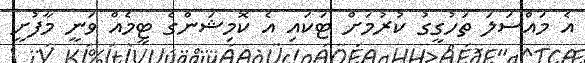
އެ މައްސަލަ ތަހުގީގު ކުރުމަށް ޓަކައި އެ ކޮމިޝަންގެ ޓީމެއް ވަނީ މާފުށީ